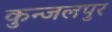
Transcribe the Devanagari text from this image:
कुन्जलपुर